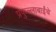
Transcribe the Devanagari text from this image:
प्रफुल्लाबाईंचे